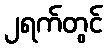
၂ရက်တွင်